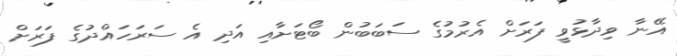
އޭނާ ވިދާޅުވީ ފަރަށް އެރުމުގެ ސަބަބުން ބޯޓަށާއި އަދި އެ ސަރަހައްދުގެ ފަރަށް